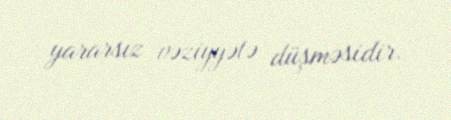
yararsız vəziyyətə düşməsidir.